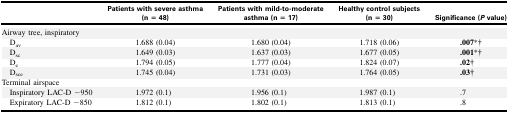
<table><thead><tr><td></td><td><b>Patients with severe asthma (n = 48)</b></td><td><b>Patients with mild-to-moderate asthma (n = 17)</b></td><td><b>Healthy control subjects (n = 30)</b></td><td><b>Significance (<i>P</i> value)</b></td></tr></thead><tbody><tr><td>Airway tree, inspiratory</td><td></td><td></td><td></td><td></td></tr><tr><td> D<sub>av</sub></td><td>1.688 (0.04)</td><td>1.680 (0.04)</td><td>1.718 (0.06)</td><td><b>.007</b>*†</td></tr><tr><td> D<sub>sc</sub></td><td>1.649 (0.03)</td><td>1.637 (0.03)</td><td>1.677 (0.05)</td><td><b>.001</b>*†</td></tr><tr><td> D<sub>e</sub></td><td>1.794 (0.05)</td><td>1.777 (0.04)</td><td>1.824 (0.07)</td><td><b>.02</b>†</td></tr><tr><td> D<sub>sce</sub></td><td>1.745 (0.04)</td><td>1.731 (0.03)</td><td>1.764 (0.05)</td><td><b>.03</b>†</td></tr><tr><td>Terminal airspace</td><td></td><td></td><td></td><td></td></tr><tr><td> Inspiratory LAC-D −950</td><td>1.972 (0.1)</td><td>1.956 (0.1)</td><td>1.987 (0.1)</td><td>.7</td></tr><tr><td> Expiratory LAC-D −850</td><td>1.812 (0.1)</td><td>1.802 (0.1)</td><td>1.813 (0.1)</td><td>.8</td></tr></tbody></table>